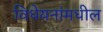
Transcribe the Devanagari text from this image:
विधेयनांमधील